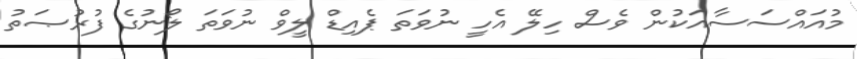
މުއައްސަސާއަކުން ވެސް ހިލޭ އެހީ ނުވަތަ ޕެއިޑް ލީވް ނުވަތަ ލޯނުގެ ފުރުޞަތު